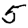
Digit: 5